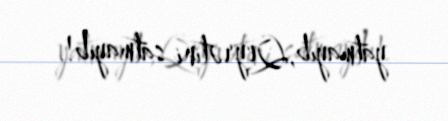
yatmayıb,Qeyrətini satmayıb!.